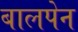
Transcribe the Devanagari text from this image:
बालपेन